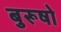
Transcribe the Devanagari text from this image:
बुरूषो